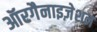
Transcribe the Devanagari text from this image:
ऑरगैनाइज़ेशन